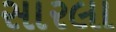
સારલા